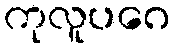
ကုလူပဂေ